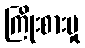
ကြိုးစားမှု